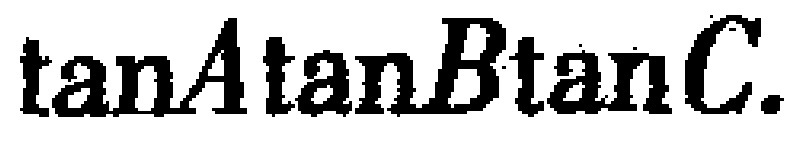
\(\tan A\tan B\tan C\)